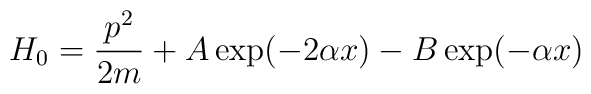
H_0  = \frac{p^2}{2m} + A \exp(-2\alpha x) -B \exp(-\alpha x)